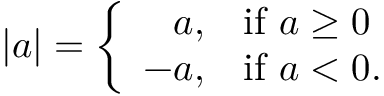
| a | = \left\{ { \begin{array} { r l } { a , } & { { \mathrm { i f ~ } } a \geq 0 } \\ { - a , } & { { \mathrm { i f ~ } } a < 0 . } \end{array} } \right.